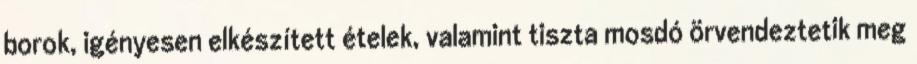
borok, igényesen elkészített ételek, valamint tiszta mosdó örvendeztetik meg